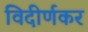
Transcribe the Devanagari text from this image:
विदीर्णकर